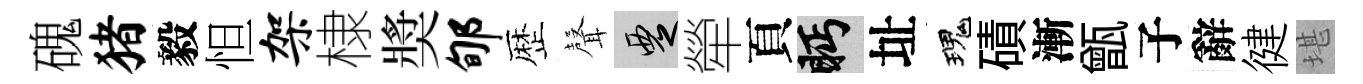
磈猪毅怛架棣奬郇歴𮋻覂犖頁眄址瑰磧漸甑子辭徤堪